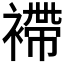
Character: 𧜵